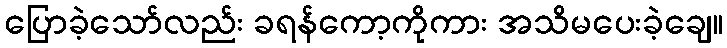
ပြောခဲ့သော်လည်း ခရန်ကော့ကိုကား အသိမပေးခဲ့ချေ။